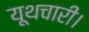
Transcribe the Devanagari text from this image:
यूथचारी।